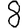
Digit: 8